Insane asylums in Bengal annual reports 1867-1875 - 1867-1875
Year: 1867
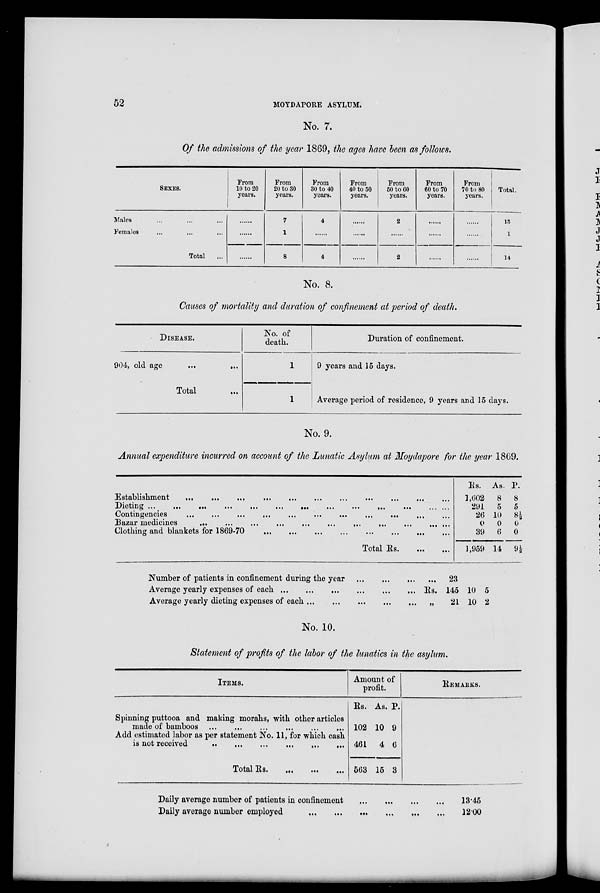
52
MOYDAPORE ASYLUM.
No. 7.
Of the admissions of the year 1869, the ages have been as follows.
SEXES.
Males ... ... ...
Females ... ... ...
Total ...
From
10 to 20
years.
......
......
......
From
20 to 30
years.
7
1
8
From
30 to 40
years.
4
......
4
From
40 to 50
years.
......
......
......
From
50 to 60
years.
2
......
2
From
60 to 70
years.
......
......
......
From
70 to 80
years.
......
......
......
Total.
13
1
14
No. 8.
Causes of mortality and duration of confinement at period of death.
DISEASE.
904, old age
...
...
Total ...
No. of
death.
1
1
Duration of confinement.
9 years and 15 days.
Average period of residence, 9 years and 15 days.
No. 9.
Annual expenditure incurred on account of the Lunatic Asylum at Moydapore for the year 1869.
Establishment
...
...
...
...
...
...
...
...
...
...
Dieting ...
...
...
...
...
...
...
...
... ...
...
...
Contingencies
...
...
...
Bazar medicines
...
...
...
...
...
...
...
...
...
Clothing and blankets for 1869-70
Total Rs
Rs.
1,602
291
26
0
39
1,959
As.
8
5
10
0
6
14
P.
8
5
8½
0
0
9½
Number of patients in confinement during the year ... ... ...
Average yearly expenses of each
...
...
...
...
...
...
Average yearly dieting expenses of each ... ... ... ... ... ...
...
23
Rs. 145
„
21
10
10
5
2
No. 10.
Statement of profits of the labor of the lunatics in the asylum.
ITEMS.
Spinning puttooa and making morahs, with other articles
made of bamboos
... ... ... ... ... ...
Add estimated labor as per statement No. 11, for which cash
is not received
...
...
...
...
...
...
Total Rs.
...
...
...
Amount of
profit.
Rs.
102
461
563
As.
10
4
15
P.
9
6
3
REMARKS.
Daily average number of patients in confinement ... ... ... ... ...
Daily average number employed ... ... ... ... ... ...
13.45
12.00